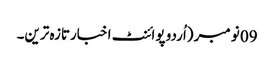
09 نومبر (اُردو پوائنٹ اخبارتازہ ترین۔